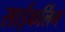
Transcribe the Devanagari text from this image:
साईकलिंग